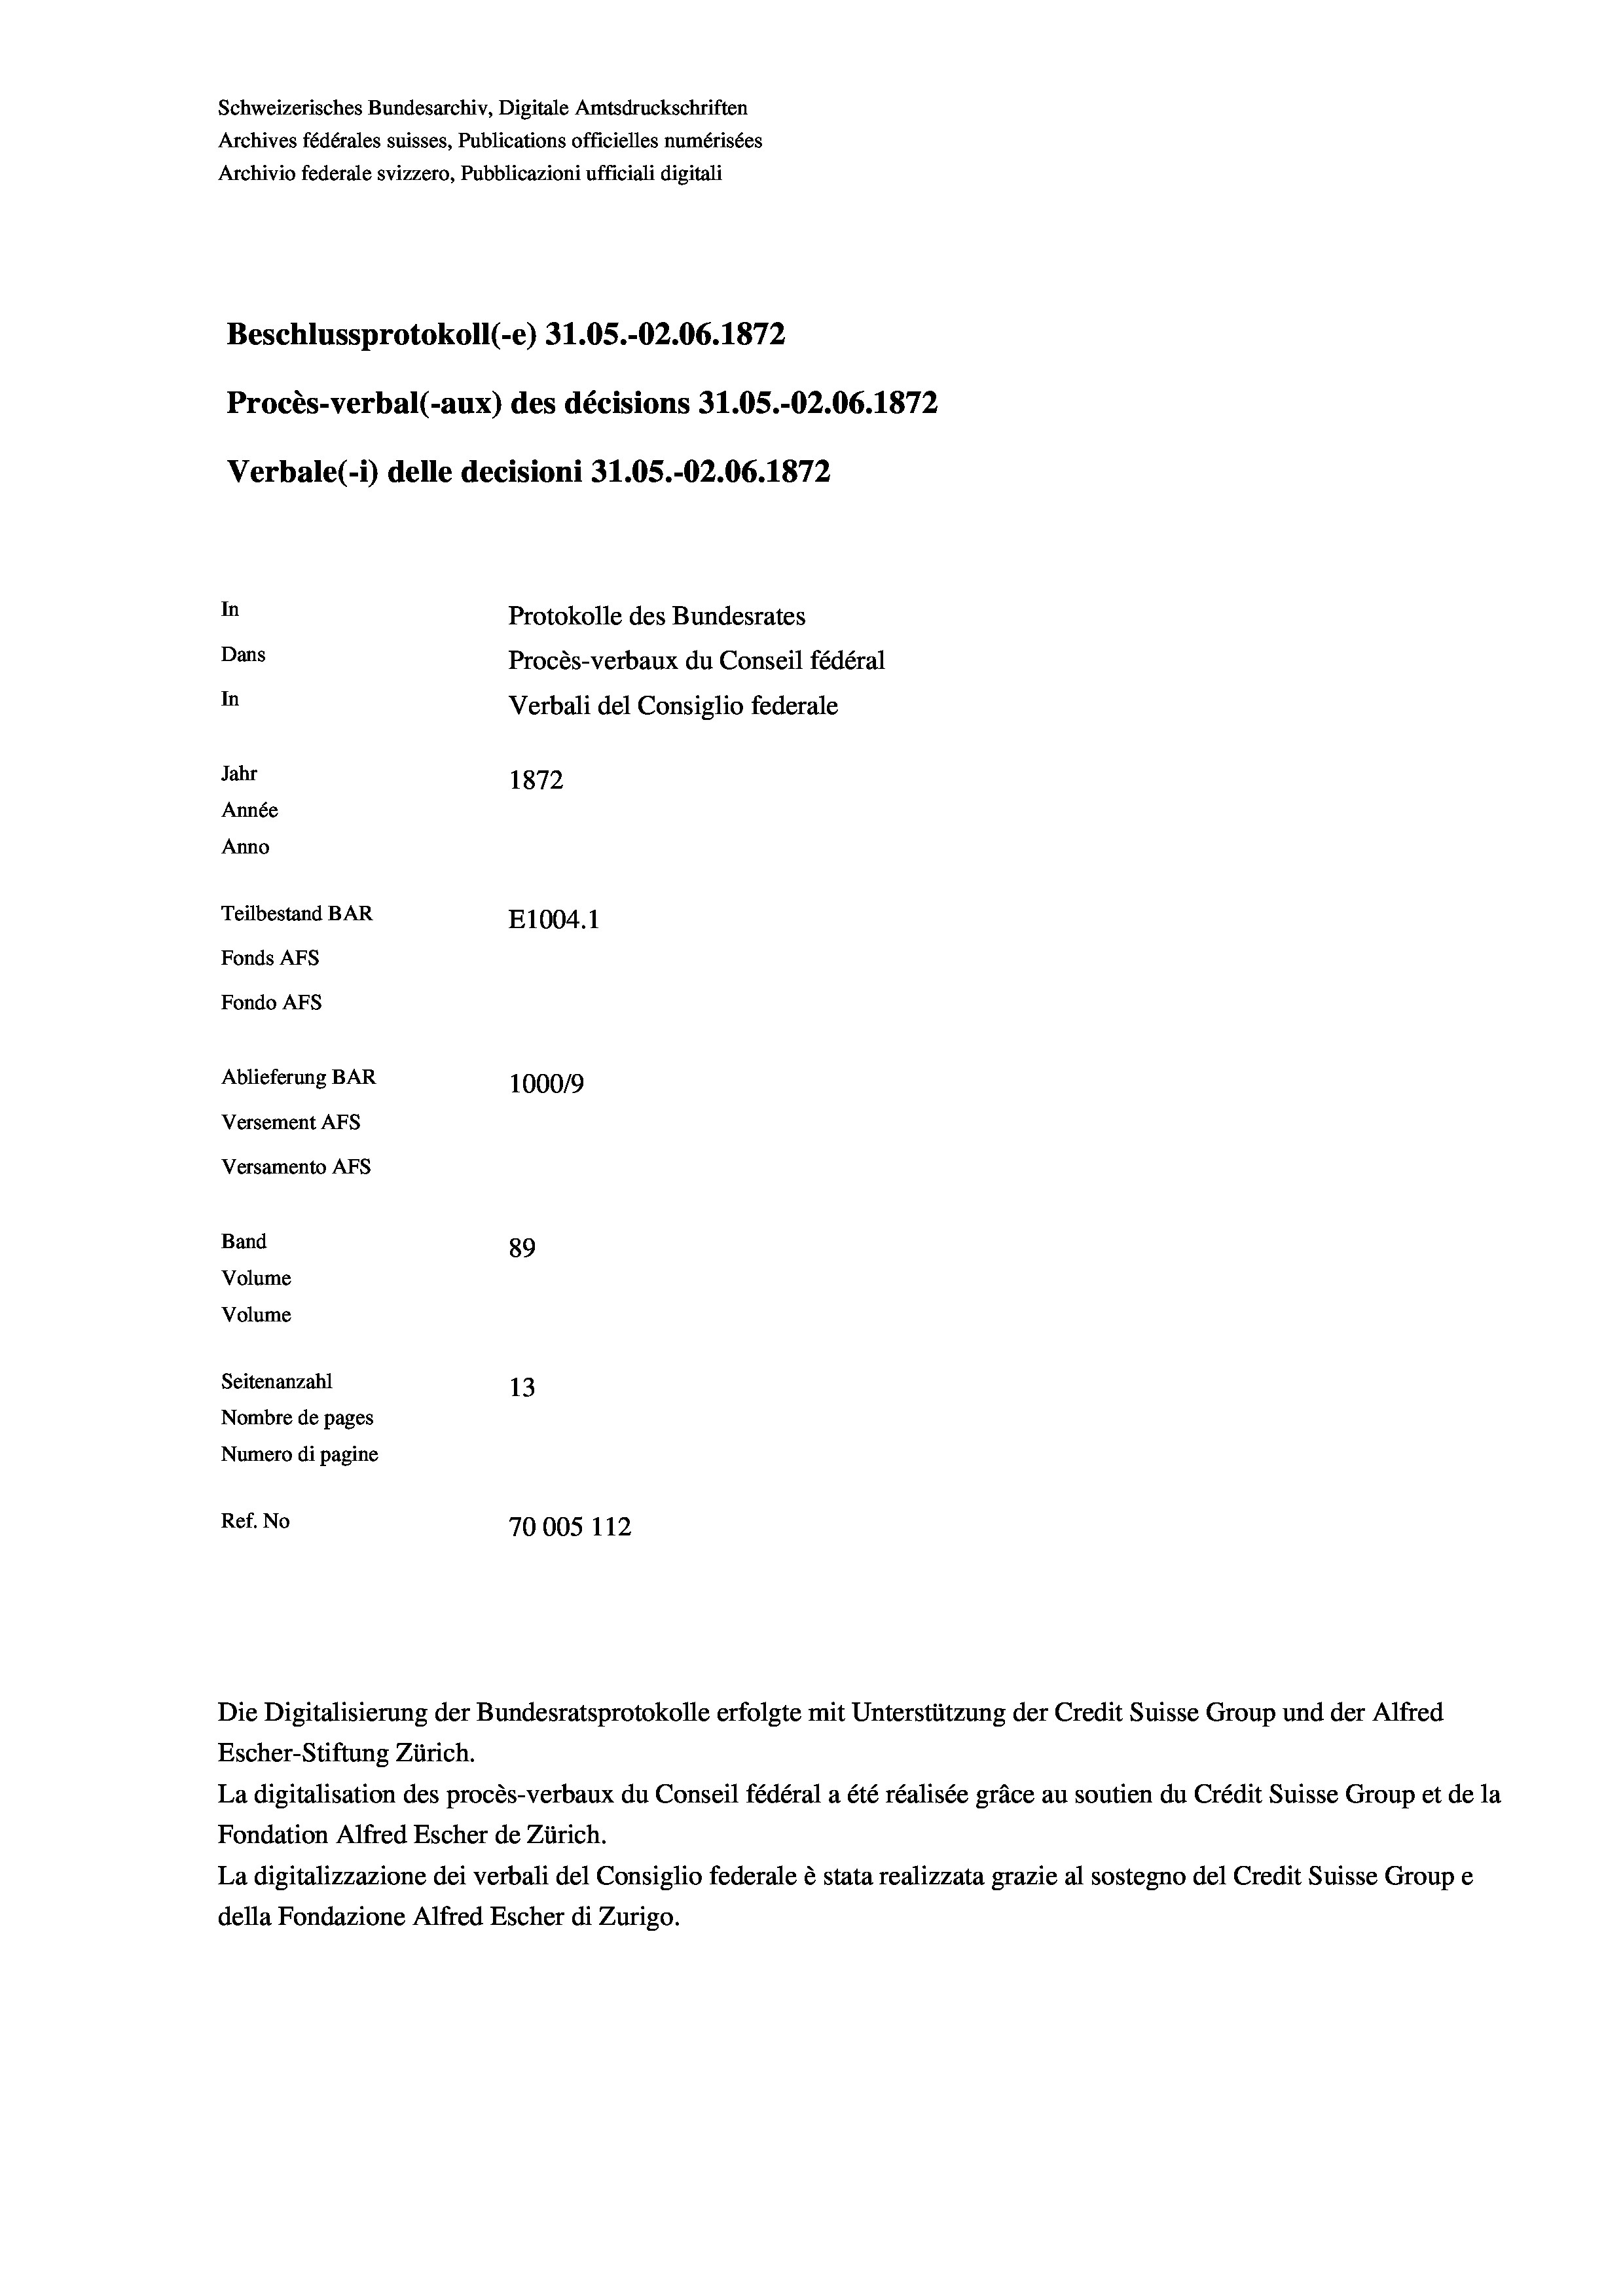
Schweizerisches Bundesarchiv, Digitale Amtsdruckschriften
Archives fédérales suisses, Publications officielles numérisées
Archivio federale svizzero, Pubblicazioni ufficiali digitali
Beschlussprotokoll (-e) 31.05.-O2.06. 1872
Procès-verbal (-aux) des décisions 31.05.-O2.06. 1872
Verbale(- 1) delle decisioni 31.05.-02.06. 1872
In
Protokolle des Bundesrates
Dans
Procès-verbaux du Conseil fédéral
In
Verbali del Consiglio federale
Jahr
1872
Année
Anno
Teilbestand BAR
E1004.1
Fonds AEs
Fondo Afs
Ablieferung BAR
100019
Versement AFs
Versamento Afs

Band

Volume
Volume
Seitenanzahl
Nombre de pages
Numero di pagine
Ref. No

89

13
70005 112

Escher-Stiftung Zürich.
La digitalisation des procès-verbaux du Conseil fédéral a été réalisée gräce au soutien du Crédit Suisse Group et de la
Fondation Alfred Escher de Zürich.
La digitalizzazione dei verbali del Consiglio federale è stata realizzata grazie al sostegno del Credit Suisse Groupe
della Fondazione Alfred Escher di Zurigo.

Die Digitalisierung der Bundesratsprotokolle erfolgte mit Unterstützung der Credit Suisse Group und der Alfred